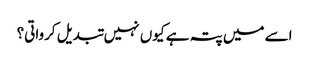
اسے میں پتہ ہے کیوں نہیں تبدیل کرواتی؟